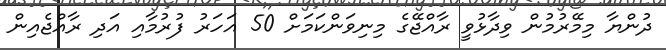
ދުންޔާ މިމޭރުމުން ވިދާޅުވީ ރާއްޖޭގެ މިނިވަންކަމަށް 50 އަހަރު ފުރުމާއި އަދި ރާއްޖެއިން